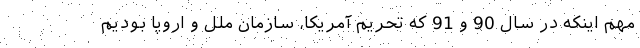
مهم اینکه در سال 90 و 91 که تحریم آمریکا، سازمان ملل و اروپا بودیم